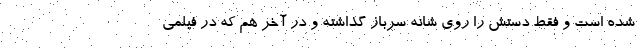
شده است و فقط دستش را روی شانه سرباز گذاشته و در آخر هم که در فیلمی